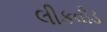
લીકવીડ